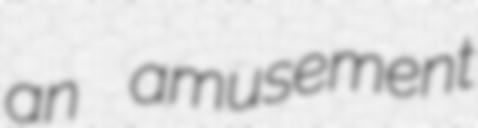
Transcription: an amusement